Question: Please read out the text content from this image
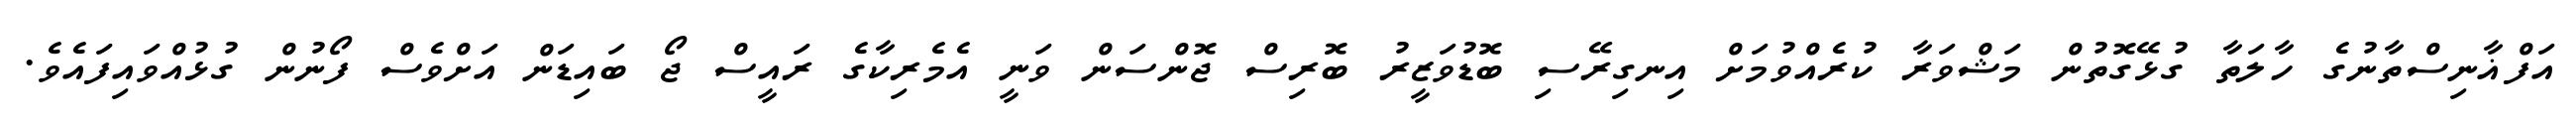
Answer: އަފްޣާނިސްތާނުގެ ހާލަތާ ގުޅޭގޮތުން މަޝްވަރާ ކުރެއްވުމަށް އިނގިރޭސި ބޮޑުވަޒީރު ބޮރިސް ޖޮންސަން ވަނީ އެމެރިކާގެ ރައީސް ޖޯ ބައިޑަން އަށްވެސް ފޯނުން ގުޅުއްވައިފައެވެ.